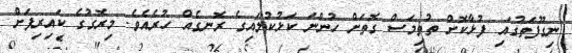
ނިގޫފަތުގައި ފުޅާކޮށް ތުތިމަސް ގޮތަށް ހުންނަ ކަޅުކުލައިގެ ރޮނގެއް ހުރެއެވެ. މިރޮގުގެ ކައިރިފަށް